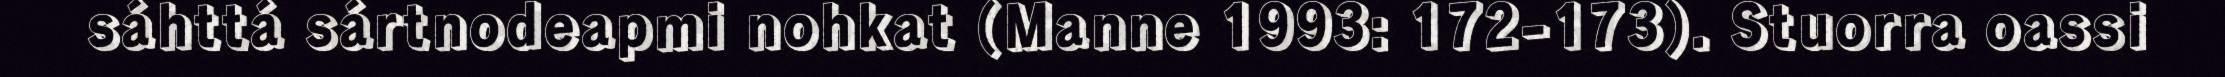
sáhttá sártnodeapmi nohkat (Manne 1993: 172-173). Stuorra oassi